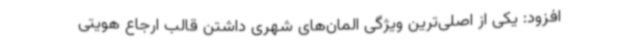
افزود: یکی از اصلی‌ترین ویژگی المان‌های شهری داشتن قالب ارجاع هویتی